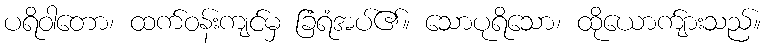
ပရိဝါတော၊ ထက်ဝန်းကျင်မှ ခြံရံအပ်၏။ သောပုရိသော၊ ထိုယောက်ျားသည်။